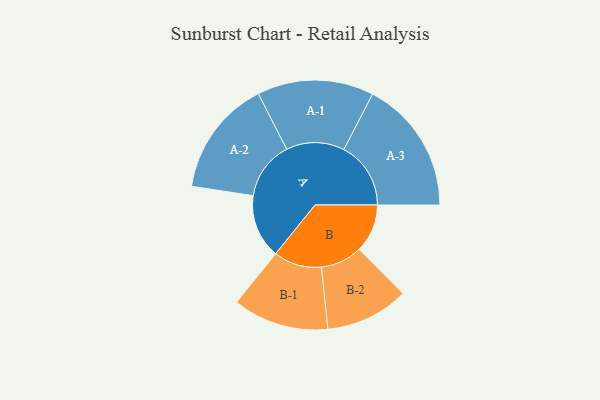
{"axis": {"x": "Segment", "y": "Value"}, "legend": ["", "A", "B"], "data": [{"x": "A", "y": 270, "type": ""}, {"x": "B", "y": 204, "type": ""}, {"x": "A-1", "y": 246, "type": "A"}, {"x": "A-2", "y": 246, "type": "A"}, {"x": "A-3", "y": 283, "type": "A"}, {"x": "B-1", "y": 203, "type": "B"}, {"x": "B-2", "y": 176, "type": "B"}]}